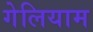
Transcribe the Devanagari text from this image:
गेलियाम